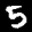
Label: 5